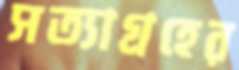
সত্যাগ্রহের